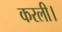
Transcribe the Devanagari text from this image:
करली।